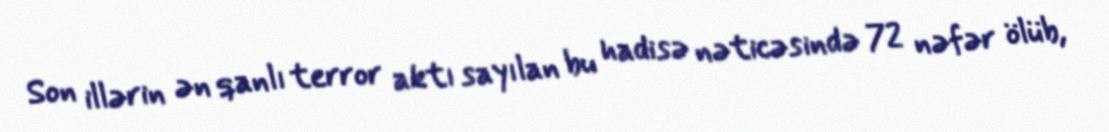
Son illərin ən qanlı terror aktı sayılan bu hadisə nəticəsində 72 nəfər ölüb,